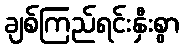
ချစ်ကြည်ရင်းနှီးစွာ